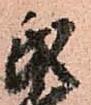
氏